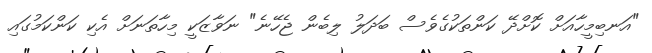
"އަނބިމީހާއަށް ކޮށްދޭ ކަންތަކުގެވެސް ބަދަލު ލިބެން ޖެހޭނެ" ނަވާޒަކީ މިހާތަނަށް އެކި ކަންކަމުގައި